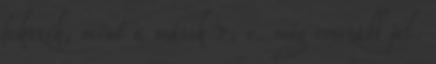
fekszik, mint a másik 7. r. még rosszabb jel.